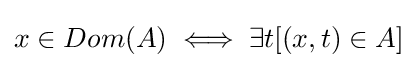
x\in Dom(A)\iff \exists t[(x,t)\in A]